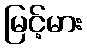
မြင့်မား